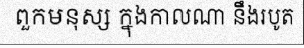
ពួកមនុស្ស ក្នុងកាលណា នឹងរបូត